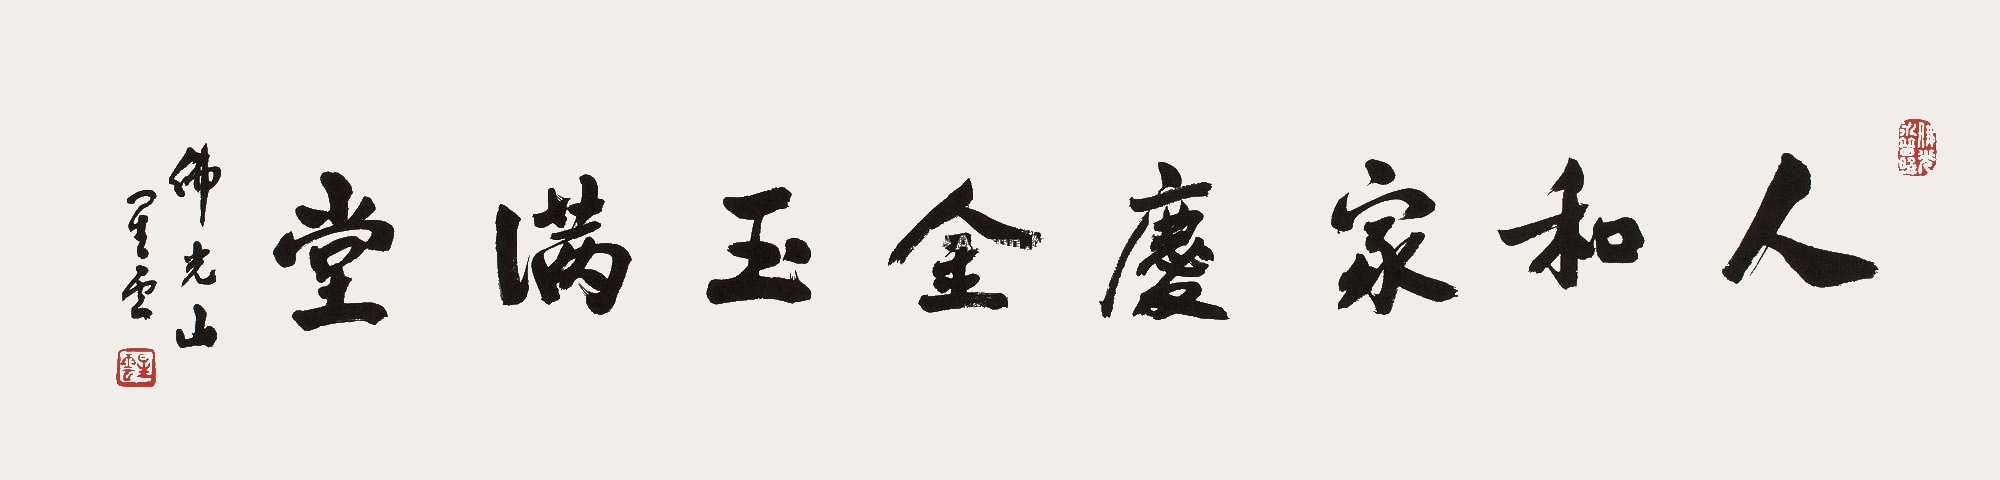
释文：人和家庆金玉满堂佛光山，星云